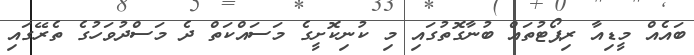
ބައެއް މީޑިއާ ރިޕޯޓުތައް ބުނާގޮތުގައި މި ކުނިކޮށީގެ މަސައްކަތް ދެ މަސްދުވަހުގެ ތެރޭގައި